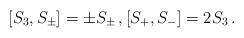
LaTeX: \begin{align*} [S_3,S_\pm]=\pm S_\pm\,,[S_+,S_-]=2S_3\,.\end{align*}